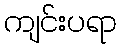
ကျင်းပရာ